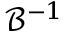
\mathcal { B } ^ { - 1 }